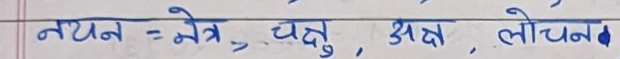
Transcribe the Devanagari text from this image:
नयन = नेत्र, चक्षु, अत्र, लोचन•